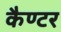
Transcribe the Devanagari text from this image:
कैण्टर